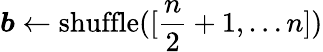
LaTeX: \boldsymbol b\gets\mathrm{shuffle}([\frac{n}{2}+1,\dots n])